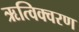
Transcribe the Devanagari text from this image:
ऋत्विक्वरण